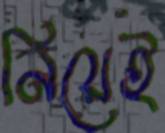
নিয়েই